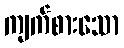
ကျက်စားသော